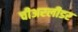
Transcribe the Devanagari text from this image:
चीअरलीडर